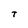
Character: T